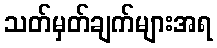
သတ်မှတ်ချက်များအရ